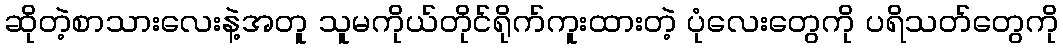
ဆိုတဲ့စာသားလေးနဲ့အတူ သူမကိုယ်တိုင်ရိုက်ကူးထားတဲ့ ပုံလေးတွေကို ပရိသတ်တွေကို